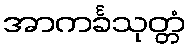
အာကင်္ခသုတ္တံ